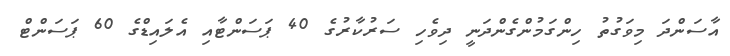
އާސަންދަ މިވަގުތު ހިންގަމުންގެންދަނީ ދިވެހި ސަރުކާރުގެ 40 ޕަސަންޓާއި އެލައިޑްގެ 60 ޕަސަންޓް